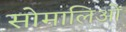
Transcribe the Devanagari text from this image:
सोमालिओं